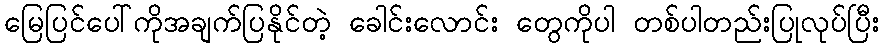
မြေပြင်ပေါ်ကိုအချက်ပြနိုင်တဲ့ ခေါင်းလောင်း တွေကိုပါ တစ်ပါတည်းပြုလုပ်ပြီး